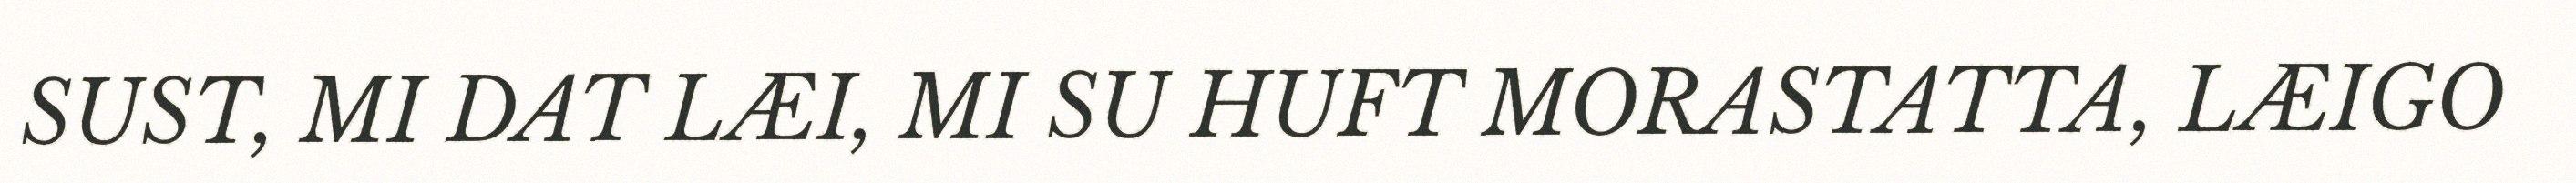
SUST, MI DAT LÆI, MI SU HUFT MORASTATTA, LÆIGO